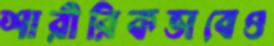
শারীরিকভাবেও